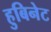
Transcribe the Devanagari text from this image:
हुबिनेट